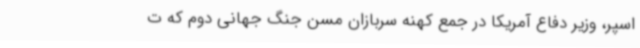
اسپر، وزیر دفاع آمریکا در جمع کهنه سربازان مسن جنگ جهانی دوم که ت